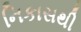
નિકાસથી